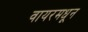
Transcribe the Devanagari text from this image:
वायरमधून